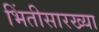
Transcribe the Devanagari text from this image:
भिंतीसारख्या